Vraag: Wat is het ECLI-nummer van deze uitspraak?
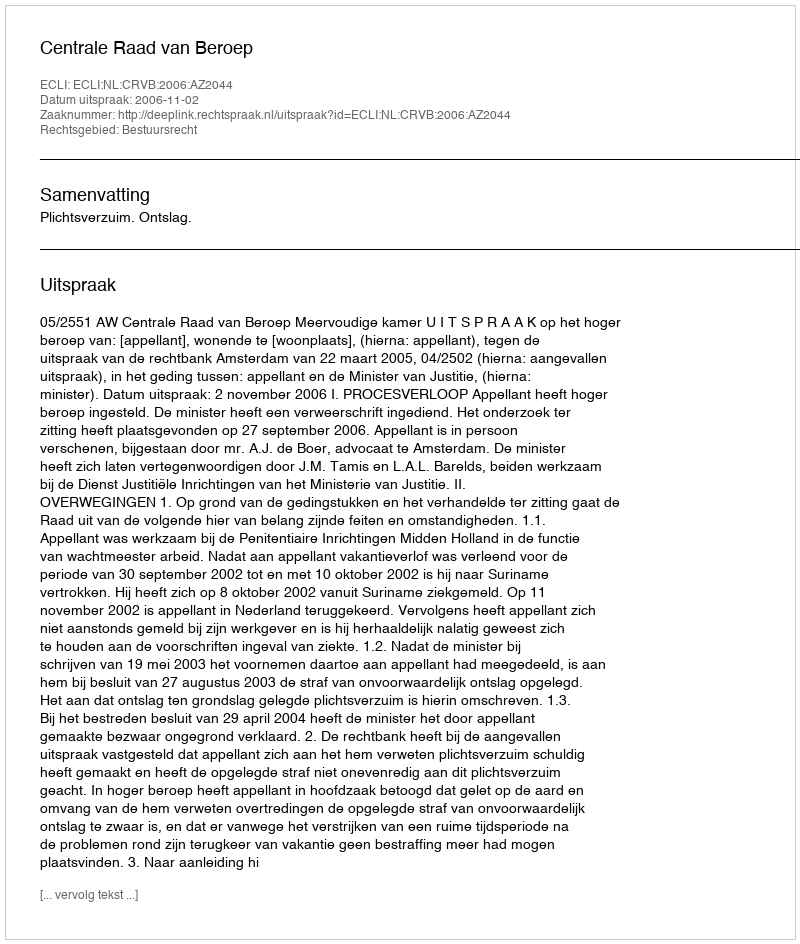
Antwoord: ECLI:NL:CRVB:2006:AZ2044